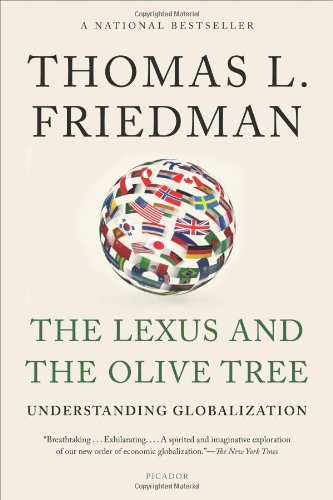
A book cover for The Lexus and the Olive Tree: Understanding Globalization; Thomas L. Friedman; Business & Money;